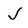
Character: J